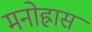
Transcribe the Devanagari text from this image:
मनोह्रास